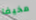
مخيفا